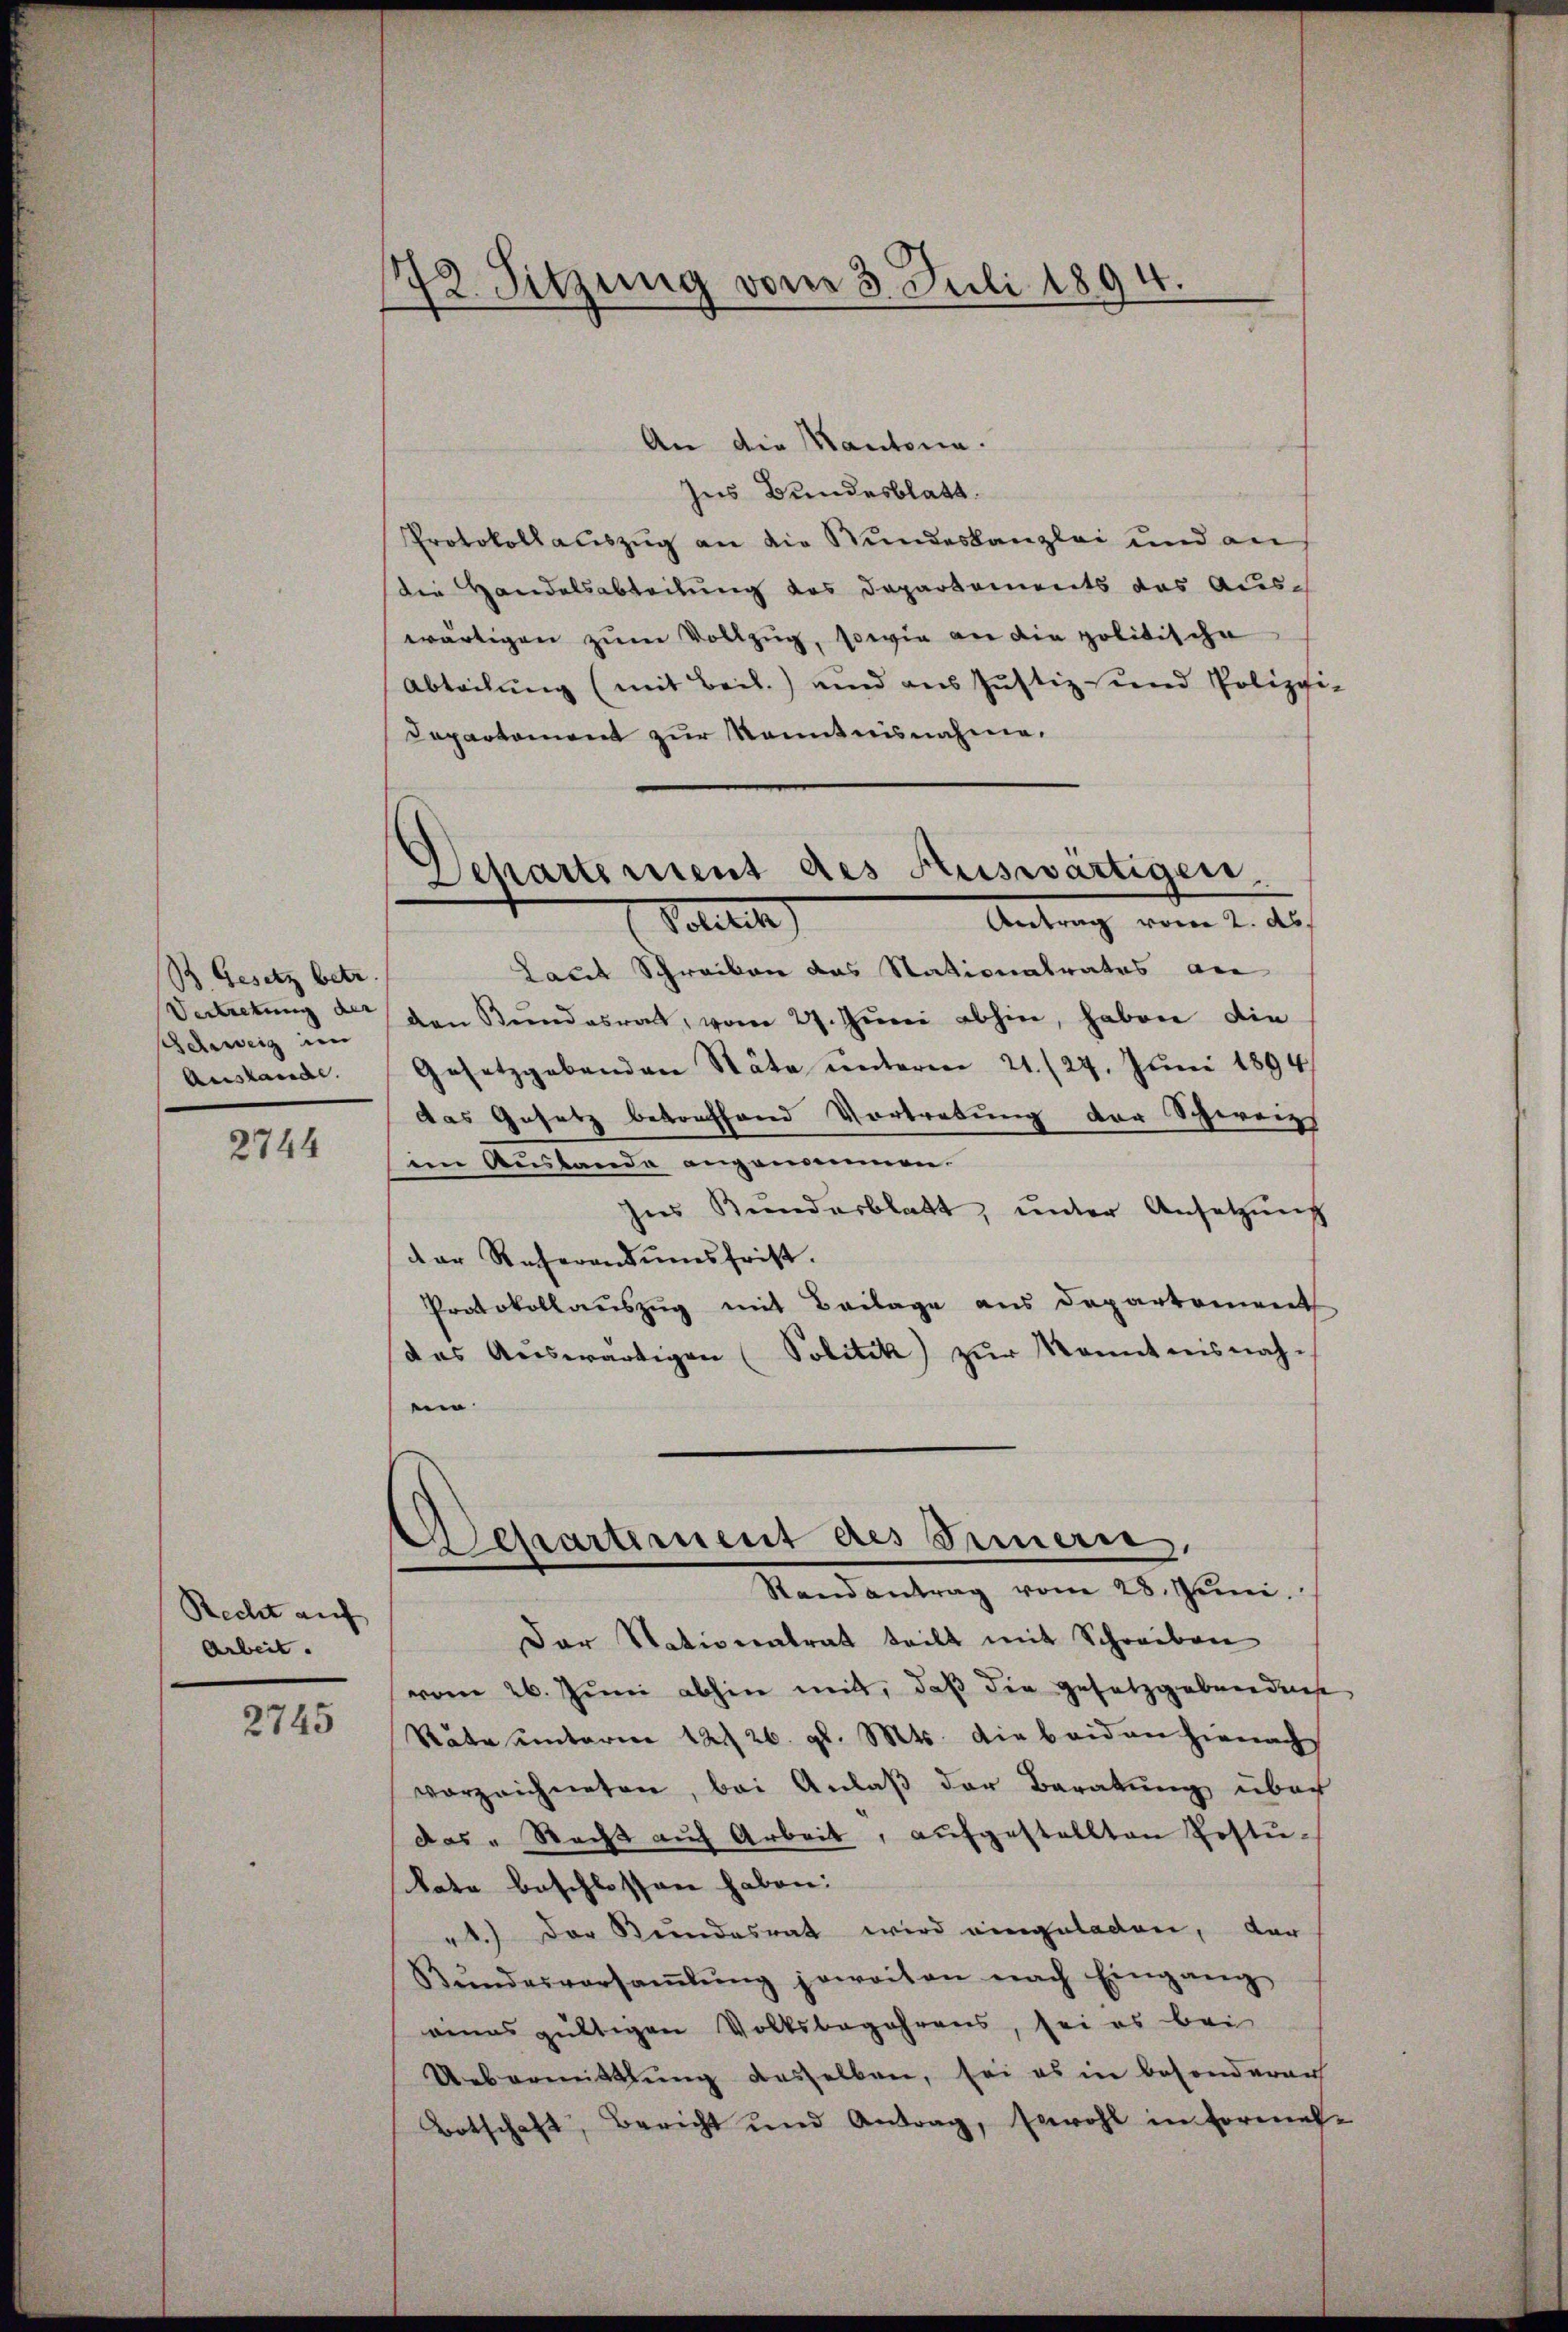
B. Gesetz betr.
hehweig im
Austande.

2744

Recht auf
Arbeit.

2745

12. Sitzung vom 3. Juli 1894.
e

An die Kantona
hus Bundesblatt.
Protokollauszug an die Bundeskanzlei und an
die Handelsabteilung des Departements das Auswärtigen zum Vollzug, sowie an die politische
Abteilung (mit Beil.) und aus Justiz und Polizei-
Departement zur Kenntnisnahme.
Laut Schreiben das Stationalrates an
Vertretung der den Bundesrath, vom 27. Juni abhin, haben die
Gesetzgebenden Stäte unterm 21. (27. Juni 1894
das Gesetz betreffend Vortretung der Schweiz
im Austande angenommen.
hes Bŭndesblatt, ŭnter Ansetzŭng
der Referandumsfrist.
Protokollauszug mit Beilage aus Departement
das Aŭswärtigen (Politik) zŭr Kenntnisnah¬
.

Departement des Auswärtigen,
Antrag vom 2. Ab
Politik

Departement des Sinnern,
Randantrag vom 28. Juni.

Der Nationentrat teilt mit Schreiben
vom 26. Juni abhin mit, daß die Gesetzgebunderse
Räte unterm 12. 26. gl. Mts. die beiden hienach
vorzeichneten, bei Anlaβ der Beratŭng über
das „Recht auf Arbeit, aufgestellten Postu-
tate beschlossen haben:
1.) Der Stundesrat wird eingeladen, der
Bŭndesversaṁlŭng jeweiten nach Eingang
eines gültigen Volksbegehrens, sei es bei
Uebermittlung desselben, sei es in besonderen
Botschaft, Bericht und Antrag, sowohl in Formel-